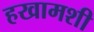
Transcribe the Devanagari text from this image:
हखामशी